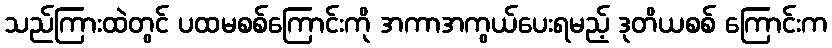
သည်ကြားထဲတွင် ပထမစစ်ကြောင်းကို အကာအကွယ်ပေးရမည့် ဒုတိယစစ် ကြောင်းက